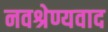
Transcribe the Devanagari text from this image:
नवश्रेण्यवाद